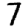
Digit: 7